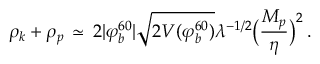
\rho _ { k } + \rho _ { p } \, \simeq \, 2 | \varphi _ { b } ^ { 6 0 } | \sqrt { 2 V ( \varphi _ { b } ^ { 6 0 } ) } \lambda ^ { - 1 / 2 } \bigl ( { \frac { M _ { p } } { \eta } } \bigr ) ^ { 2 } \, .